Report on the treatment of epidemic cholera: from information collected by the governments of Bengal, Madras, Bombay, N.W. Provinces, Punjab, Oudh, and Central India, by order of the Government of India
Disease focus: Cholera
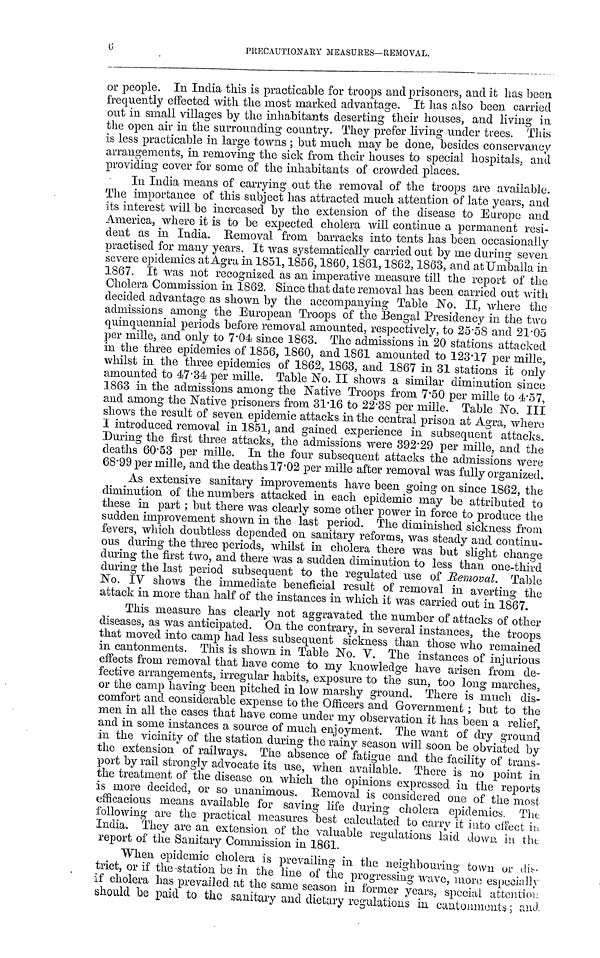
6
PRECAUTIONARY MEASURES—REMOVAL.
or people. In India this is practicable for troops and prisoners, and it has been
frequently effected with the most marked advantage. It has also been carried
out in small villages by the inhabitants deserting their houses, and living in
the open air in the surrounding country. They prefer living under trees. This
is less practicable in large towns; but much may be done, besides conservancy
arrangements, in removing the sick from their houses to special hospitals, and
providing cover for some of the inhabitants of crowded places.
In India means of carrying out the removal of the troops are available.
The importance of this subject has attracted much attention of late years, and
its interest will be increased by the extension of the disease to Europe and
America, where it is to be expected cholera will continue a permanent resi-
dent as in India. Removal from barracks into tents has been occasionally
practised for many years. It was systematically carried out by me during seven
severe epidemics at Agra in 1851, 1856, 1860, 1861, 1862, 1863, and at Umballa in
1867. It was not recognized as an imperative measure till the report of the
Cholera Commission in 1862. Since that date removal has been carried out with
decided advantage as shown by the accompanying Table No. II, where the
admissions among the European Troops of the Bengal Presidency in the two
quinquennial periods before removal amounted, respectively, to 25.58 and 21.05
per mille, and only to 7.04 since 1863. The admissions in 20 stations attacked
in the three epidemics of 1856, 1860, and 1861 amounted to 123.17 per mille,
whilst in the three epidemics of 1862, 1863, and 1867 in 31 stations it only
amounted to 47.34 per mille. Table No. II shows a similar diminution since
1863 in the admissions among the Native Troops from 7.50 per mille to 4.57,
and among the Native prisoners from 31.16 to 22.38 per mille. Table No. III
shows the result of seven epidemic attacks in the central prison at Agra, where
I introduced removal in 1851, and gained experience in subsequent attacks.
During the first three attacks, the admissions were 392.29 per mille, and the
deaths 60.53 per mille. In the four subsequent attacks the admissions were
68.99 per mille, and the deaths 17.02 per mille after removal was fully organized.
As extensive sanitary improvements have been going on since 1862, the
diminution of the numbers attacked in each epidemic may be attributed to
these in part ; but there was clearly some other power in force to produce the
sudden improvement shown in the last period. The diminished sickness from
fevers, which doubtless depended on sanitary reforms, was steady and continu-
ous during the three periods, whilst in cholera there was but slight change
during the first two, and there was a sudden diminution to less than one-third
during the last period subsequent to the regulated use of Removal. Table
No. IV shows the immediate beneficial result of removal in averting the
attack in more than half of the instances in which it was carried out in 1867.
This measure has clearly not aggravated the number of attacks of other
diseases, as was anticipated. On the contrary, in several instances, the troops
that moved into camp had less subsequent sickness than those who remained
in cantonments. This is shown in Table No. V. The instances of injurious
effects from removal that have come to my knowledge have arisen from de-
fective arrangements, irregular habits, exposure to the sun, too long marches,
or the camp having been pitched in low marshy ground. There is much dis-
comfort and considerable expense to the Officers and Government; but to the
men in all the cases that have come under my observation it has been a relief,
and in some instances a source of much enjoyment. The want of dry ground
in the vicinity of the station during the rainy season will soon be obviated by
the extension of railways. The absence of fatigue and the facility of trans-
port by rail strongly advocate its use, when available. There is no point in
the treatment of the disease on which the opinions expressed in the reports
is more decided, or so unanimous. Removal is considered one of the most
efficacious means available for saving life during cholera epidemics. The
following are the practical measures best calculated to carry it into effect in
India. They are an extension of the valuable regulations laid down in the
report of the Sanitary Commission in 1861.
When epidemic cholera is prevailing in the neighbouring town or dis-
trict, or if the station be in the line of the progressing wave, moro especially
if cholera has prevailed at the same season in former years, special attention
should be paid to the sanitary and dietary regulations in cantonments; and.